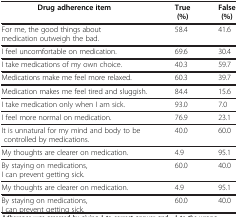
| Drug adherence item | True (%) | False (%) |
 | --- | --- | --- |
 | For me, the good things about medication outweigh the bad. | 58.4 | 41.6 |
 | I feel uncomfortable on medication. | 69.6 | 30.4 |
 | I take medications of my own choice. | 40.3 | 59.7 |
 | Medications make me feel more relaxed. | 60.3 | 39.7 |
 | Medication makes me feel tired and sluggish. | 84.4 | 15.6 |
 | I take medication only when I am sick. | 93.0 | 7.0 |
 | I feel more normal on medication. | 76.9 | 23.1 |
 | It is unnatural for my mind and body to be controlled by medications. | 40.0 | 60.0 |
 | My thoughts are clearer on medication. | 4.9 | 95.1 |
 | By staying on medications, I can prevent getting sick. | 60.0 | 40.0 |
 | My thoughts are clearer on medication. | 4.9 | 95.1 |
 | By staying on medications, I can prevent getting sick. | 60.0 | 40.0 |